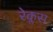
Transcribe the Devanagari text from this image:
रेक्लस